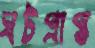
ঘটপ্রাপ্ত